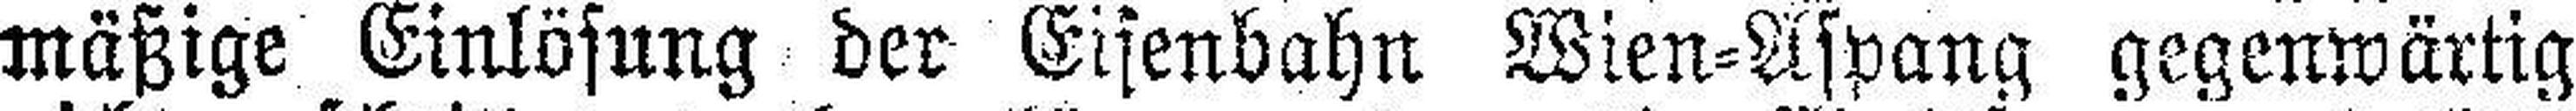
mäßige Einlösung der Eisenbahn Wien=Aspang gegenwärtig